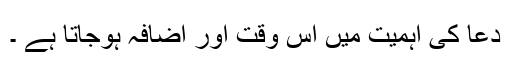
دعا کی اہمیت میں اس وقت اور اضافہ ہوجاتا ہے ۔